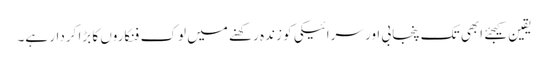
یقین کیجئے ابھی تک پنجابی اور سرائیکی کو زندہ رکھنے میں لوک فنکاروں کا بڑا کردار ہے۔